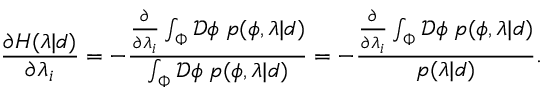
\frac { \partial H ( \lambda | d ) } { \partial \lambda _ { i } } = - \frac { \frac { \partial } { \partial \lambda _ { i } } \int _ { \Phi } \mathcal { D } \phi \; p ( \phi , \lambda | d ) } { \int _ { \Phi } \mathcal { D } \phi \; p ( \phi , \lambda | d ) } = - \frac { \frac { \partial } { \partial \lambda _ { i } } \int _ { \Phi } \mathcal { D } \phi \; p ( \phi , \lambda | d ) } { p ( \lambda | d ) } .